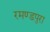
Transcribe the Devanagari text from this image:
रमण्डपुरा